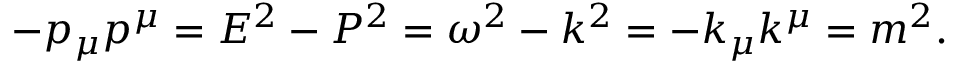
- p _ { \mu } p ^ { \mu } = E ^ { 2 } - P ^ { 2 } = \omega ^ { 2 } - k ^ { 2 } = - k _ { \mu } k ^ { \mu } = m ^ { 2 } .